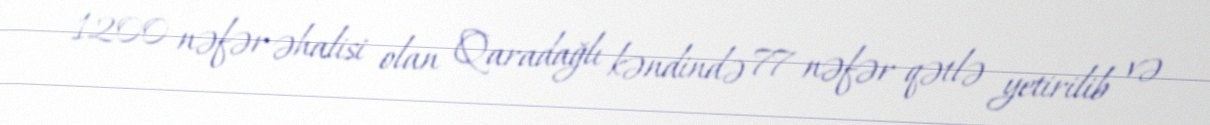
1200 nəfər əhalisi olan Qaradağlı kəndində 77 nəfər qətlə yetirilib və